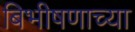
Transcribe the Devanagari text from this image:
बिभीषणाच्या